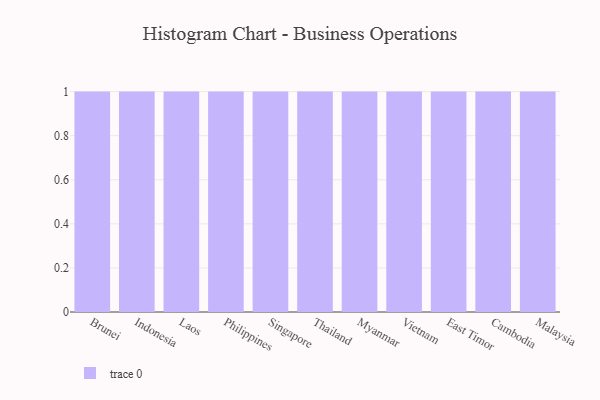
{"axis": {"x": "Country", "y": "Latency (ms)"}, "legend": [""], "data": [{"x": "Brunei", "y": 58, "type": ""}, {"x": "Indonesia", "y": 25, "type": ""}, {"x": "Laos", "y": 6, "type": ""}, {"x": "Philippines", "y": 34, "type": ""}, {"x": "Singapore", "y": 35, "type": ""}, {"x": "Thailand", "y": 81, "type": ""}, {"x": "Myanmar", "y": 31, "type": ""}, {"x": "Vietnam", "y": 97, "type": ""}, {"x": "East Timor", "y": 31, "type": ""}, {"x": "Cambodia", "y": 65, "type": ""}, {"x": "Malaysia", "y": 4, "type": ""}]}